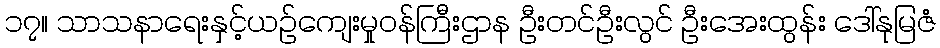
၁၇။ သာသနာရေးနှင့်ယဉ်ကျေးမှုဝန်ကြီးဌာန ဦးတင်ဦးလွင် ဦးအေးထွန်း ဒေါ်နုမြဇံ